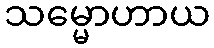
သမ္မောဟာယ